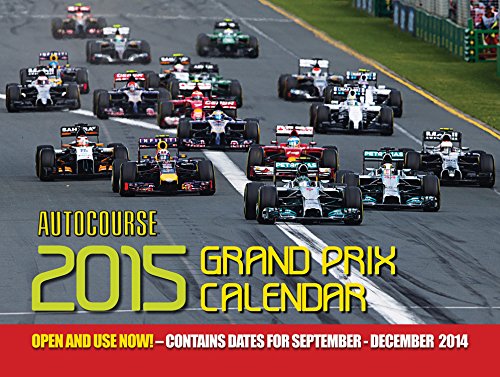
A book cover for Autocourse 2015 Grand Prix Calendar: Contains Dates for September - December 2014; Calendars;